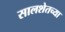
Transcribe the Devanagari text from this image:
सालशेतच्या